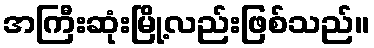
အကြီးဆုံးမြို့လည်းဖြစ်သည်။